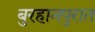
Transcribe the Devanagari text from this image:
बुरहानपुरात